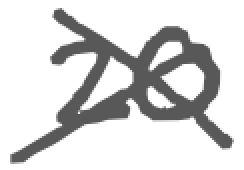
Text: 20
Cross-out: cross
Writing tool: digital_gray